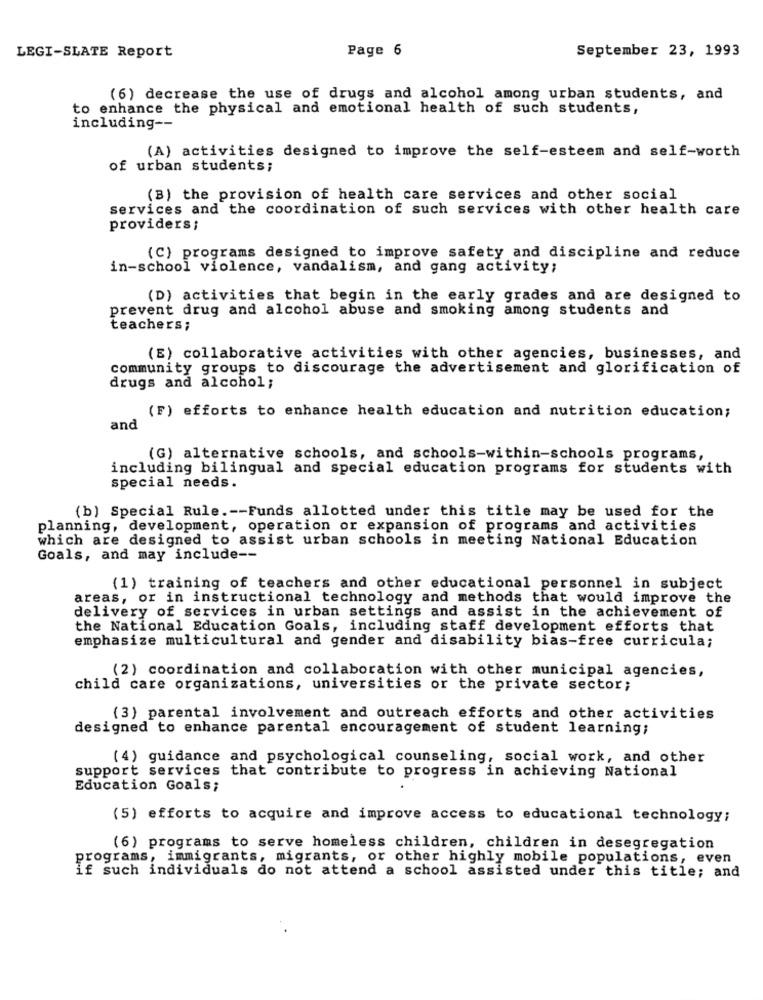
LEGI-SLATE Report
Page 6
September 23, 1993
(6) decrease the use of drugs and alcohol among urban students, and
to enhance the physical and emotional health of such students,
including --
(A) activities designed to improve the self-esteem and self-worth
of urban students;
(B) the provision of health care services and other social
services and the coordination of such services with other health care
providers;
(C) programs designed to improve safety and discipline and reduce
in-school violence, vandalism, and gang activity;
(D) activities that begin in the early grades and are designed to
prevent drug and alcohol abuse and smoking among students and
teachers;
(E) collaborative activities with other agencies, businesses, and
community groups to discourage the advertisement and glorification of
drugs and alcohol;
(F) efforts to enhance health education and nutrition education;
and
(G) alternative schools, and schools-within-schools programs,
including bilingual and special education programs for students with
special needs.
(b) Special Rule .-- Funds allotted under this title may be used for the
planning, development, operation or expansion of programs and activities
which are designed to assist urban schools in meeting National Education
Goals, and may include --
(1) training of teachers and other educational personnel in subject
areas, or in instructional technology and methods that would improve the
delivery of services in urban settings and assist in the achievement of
the National Education Goals, including staff development efforts that
emphasize multicultural and gender and disability bias-free curricula;
(2) coordination and collaboration with other municipal agencies,
child care organizations, universities or the private sector;
(3) parental involvement and outreach efforts and other activities
designed to enhance parental encouragement of student learning;
(4) guidance and psychological counseling, social work, and other
support services that contribute to progress in achieving National
Education Goals;
(5) efforts to acquire and improve access to educational technology;
(6) programs to serve homeless children, children in desegregation
programs, immigrants, migrants, or other highly mobile populations, even
if such individuals do not attend a school assisted under this title; and